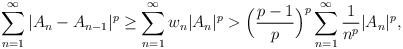
\begin{align*}{}\displaystyle\sum_{n=1}^{\infty}|A_n-A_{n-1}|^p \geq \sum_{n=1}^{\infty}w_n|A_n|^p>\Big(\frac{p-1}{p}\Big)^p\sum_{n=1}^{\infty}\frac{1}{n^p}|A_n|^p,\end{align*}